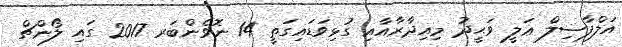
އަލްފާޟިލް ޢަލީ ވަޙީދު މިއިދާރާއާއި ގުޅިވަޑައިގަތީ 14 ނޮވެންބަރ 2017 ގައި ލޯންޗް